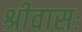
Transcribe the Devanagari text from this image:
श्रीवासः